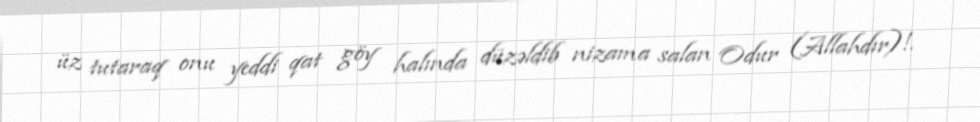
üz tutaraq onu yeddi qat göy halında düzəldib nizama salan Odur (Allahdır)!.